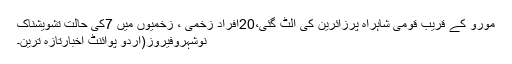
مورو کے قریب قومی شاہراہ پرزائرین کی الٹ گئی،20افراد زخمی ، زخمیوں میں 7کی حالت تشویشناک
نوشہروفیروز(اُردو پوائنٹ اخبارتازہ ترین۔